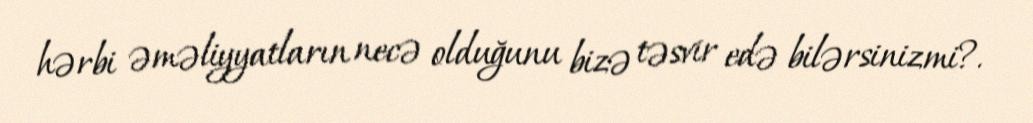
hərbi əməliyyatların necə olduğunu bizə təsvir edə bilərsinizmi?.